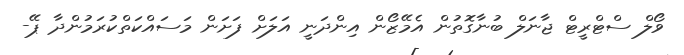
ވޯލް ސްޓްރީޓް ޖާނަލް ބުނާގޮތުން އެމޭޒޯން އިންދަނީ އަލަށް ފަށަން މަސައްކަތްކުރަމުންދާ ޕޭ-